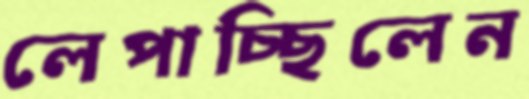
লেপাচ্ছিলেন